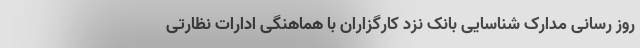
روز رسانی مدارک شناسایی بانک نزد کارگزاران با هماهنگی ادارات نظارتی